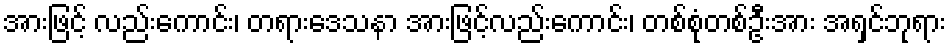
အားဖြင့် လည်းကောင်း၊ တရားဒေသနာ အားဖြင့်လည်းကောင်း၊ တစ်စုံတစ်ဦးအား အရှင်ဘုရား